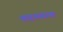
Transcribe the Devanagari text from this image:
कहयवाक